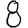
Digit: 8